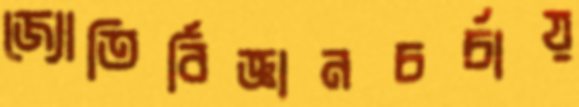
জ্যোতির্বিজ্ঞানচর্চায়